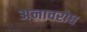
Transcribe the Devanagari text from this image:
अनावरोध